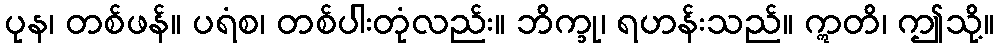
ပုန၊ တစ်ဖန်။ ပရံစ၊ တစ်ပါးတုံလည်း။ ဘိက္ခု၊ ရဟန်းသည်။ ဣတိ၊ ဤသို့။